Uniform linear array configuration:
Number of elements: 8
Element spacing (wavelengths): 0.5
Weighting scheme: hann
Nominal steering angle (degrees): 60
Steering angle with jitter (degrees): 60.602
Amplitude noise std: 0.05
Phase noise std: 0.05

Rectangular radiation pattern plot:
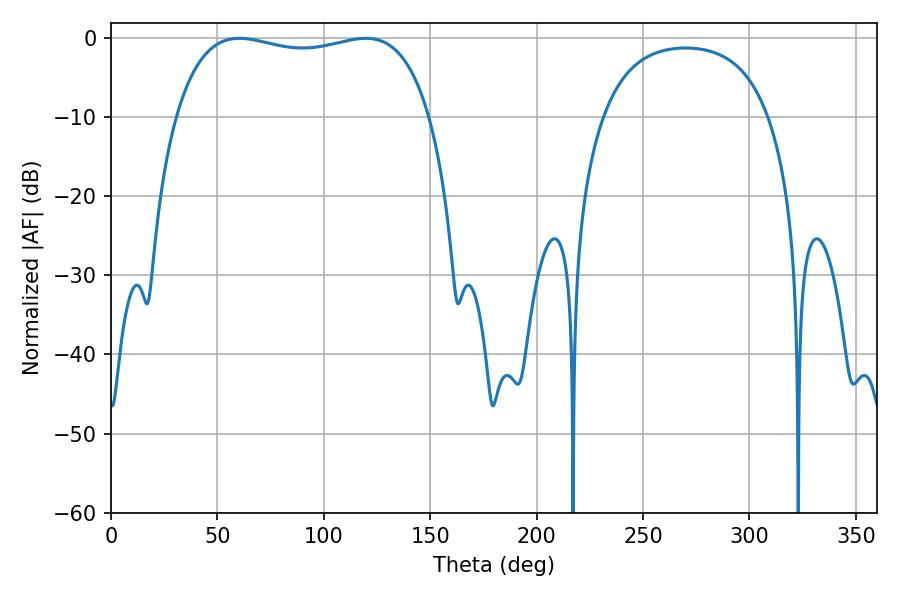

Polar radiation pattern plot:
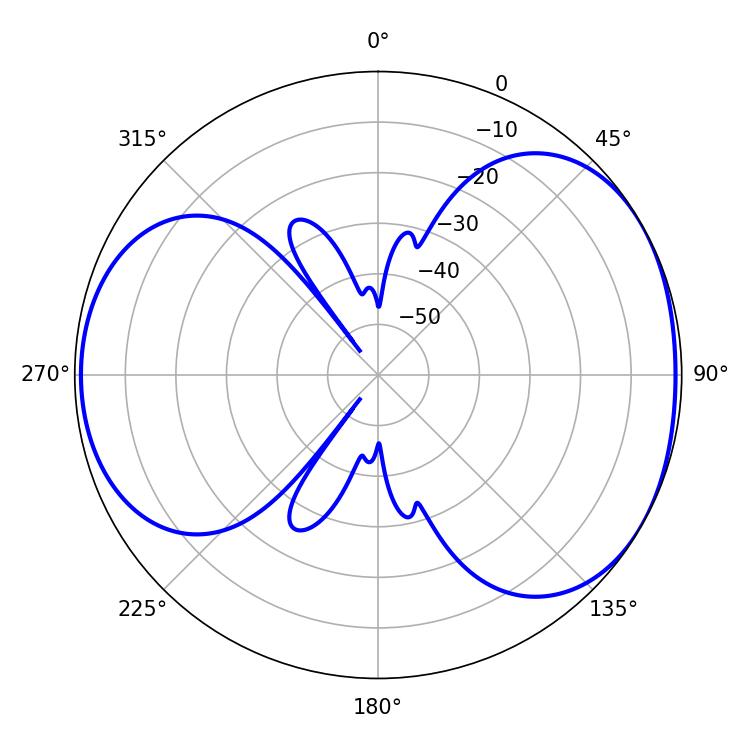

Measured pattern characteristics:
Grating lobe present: FALSE
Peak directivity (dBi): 4.632
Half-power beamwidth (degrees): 96.84
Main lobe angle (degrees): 60.3